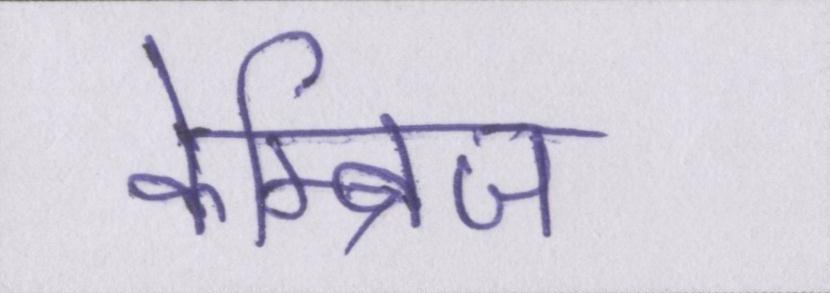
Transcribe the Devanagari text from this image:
केम्ब्रिज